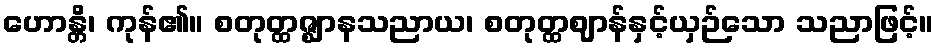
ဟောန္တိ၊ ကုန်၏။ စတုတ္ထဇ္ဈာနသညာယ၊ စတုတ္ထဈာန်နှင့်ယှဉ်သော သညာဖြင့်။